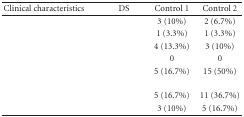
<table><thead><tr><td><b>Clinical characteristics</b></td><td><b>DS</b></td><td><b>Control 1</b></td><td><b>Control 2 </b></td></tr></thead><tbody><tr><td>[EMPTY_CELL]</td><td>[EMPTY_CELL]</td><td>3 (10%)</td><td>2 (6.7%)</td></tr><tr><td>[EMPTY_CELL]</td><td>[EMPTY_CELL]</td><td>1 (3.3%)</td><td>1 (3.3%)</td></tr><tr><td>[EMPTY_CELL]</td><td>[EMPTY_CELL]</td><td>4 (13.3%)</td><td>3 (10%)</td></tr><tr><td>[EMPTY_CELL]</td><td>[EMPTY_CELL]</td><td>0</td><td>0</td></tr><tr><td>[EMPTY_CELL]</td><td>[EMPTY_CELL]</td><td>5 (16.7%)</td><td>15 (50%)</td></tr><tr><td>[EMPTY_CELL]</td><td>[EMPTY_CELL]</td><td>[EMPTY_CELL]</td><td>[EMPTY_CELL]</td></tr><tr><td>[EMPTY_CELL]</td><td>[EMPTY_CELL]</td><td>5 (16.7%)</td><td>11 (36.7%)</td></tr><tr><td>[EMPTY_CELL]</td><td>[EMPTY_CELL]</td><td>3 (10%)</td><td>5 (16.7%)</td></tr></tbody></table>